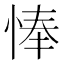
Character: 𢜗